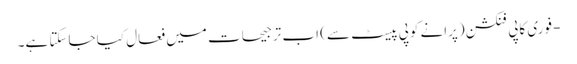
- فوری کاپی فنکشن (پرانے کوپی پیسٹ سے) اب ترجیحات میں فعال کیا جاسکتا ہے۔